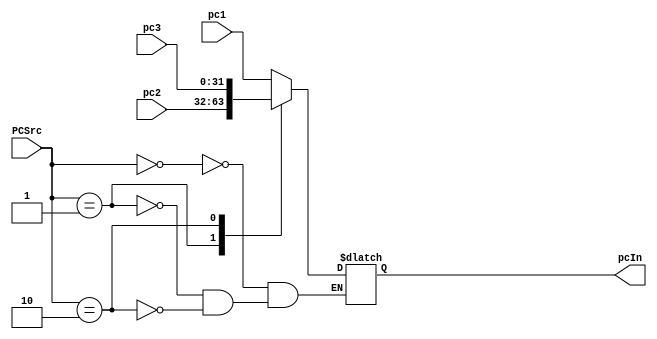
`timescale 1ns / 1ps
//////////////////////////////////////////////////////////////////////////////////
// Company: 
// Engineer: 
// 
// Design Name: 
// Module Name: Multiplexer4
// Project Name: 
// Target Devices: 
// Tool Versions: 
// Description: 
// 
// Dependencies: 
// 
// Revision:
// Revision 0.01 - File Created
// Additional Comments:
// 
//////////////////////////////////////////////////////////////////////////////////


module Multiplexer4(
	input [31:0]pc1,
	input [31:0]pc2,
	input [31:0]pc3,
	input [1:0]PCSrc,
	output reg[31:0]pcIn
    );

	always @(PCSrc or pc3 or pc2 or pc1) begin
		case(PCSrc)
			2'b00: pcIn <= pc1;
			2'b01: begin
		        pcIn <= pc2;
			end
			2'b10: pcIn <= pc3;
			default:
				$display("PCSrc Wrong!");
		endcase
		//$display("PCSrc---*****---%h", PCSrc);
	end
endmodule